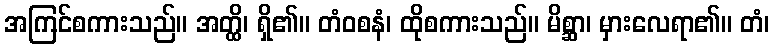
အကြင်စကားသည်။ အတ္ထိ၊ ရှိ၏။ တံဝစနံ၊ ထိုစကားသည်။ မိစ္ဆာ၊ မှားလေရာ၏။ တံ၊